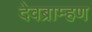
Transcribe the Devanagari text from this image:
देवब्राम्हण